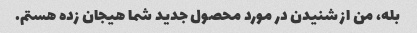
بله، من از شنیدن در مورد محصول جدید شما هیجان زده هستم.